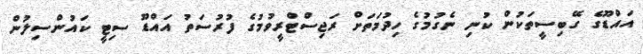
އައްޑޫގެ ގޭބިސީތަކުން ކުނި ނެގުމުގެ ހިދުމަތަށް ރަޖިސްޓްރީވުމުގެ ފުރުސަތު އައްޑޫ ސިޓީ ކައުންސިލުން